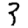
Digit: 3